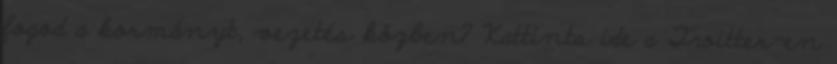
fogod a kormányt, vezetés közben? Kattints ide a Twitter-en